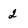
Character: 2